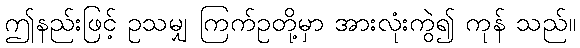
ဤနည်းဖြင့် ဥသမျှ ကြက်ဥတို့မှာ အားလုံးကွဲ၍ ကုန် သည်။